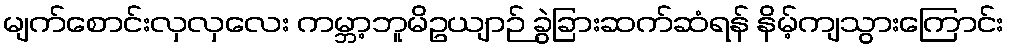
မျက်စောင်းလှလှလေး ကမ္ဘာ့ဘူမိဥယျာဉ် ခွဲခြားဆက်ဆံရန် နိမ့်ကျသွားကြောင်း